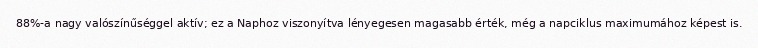
88%-a nagy valószínűséggel aktív; ez a Naphoz viszonyítva lényegesen magasabb érték, még a napciklus maximumához képest is.